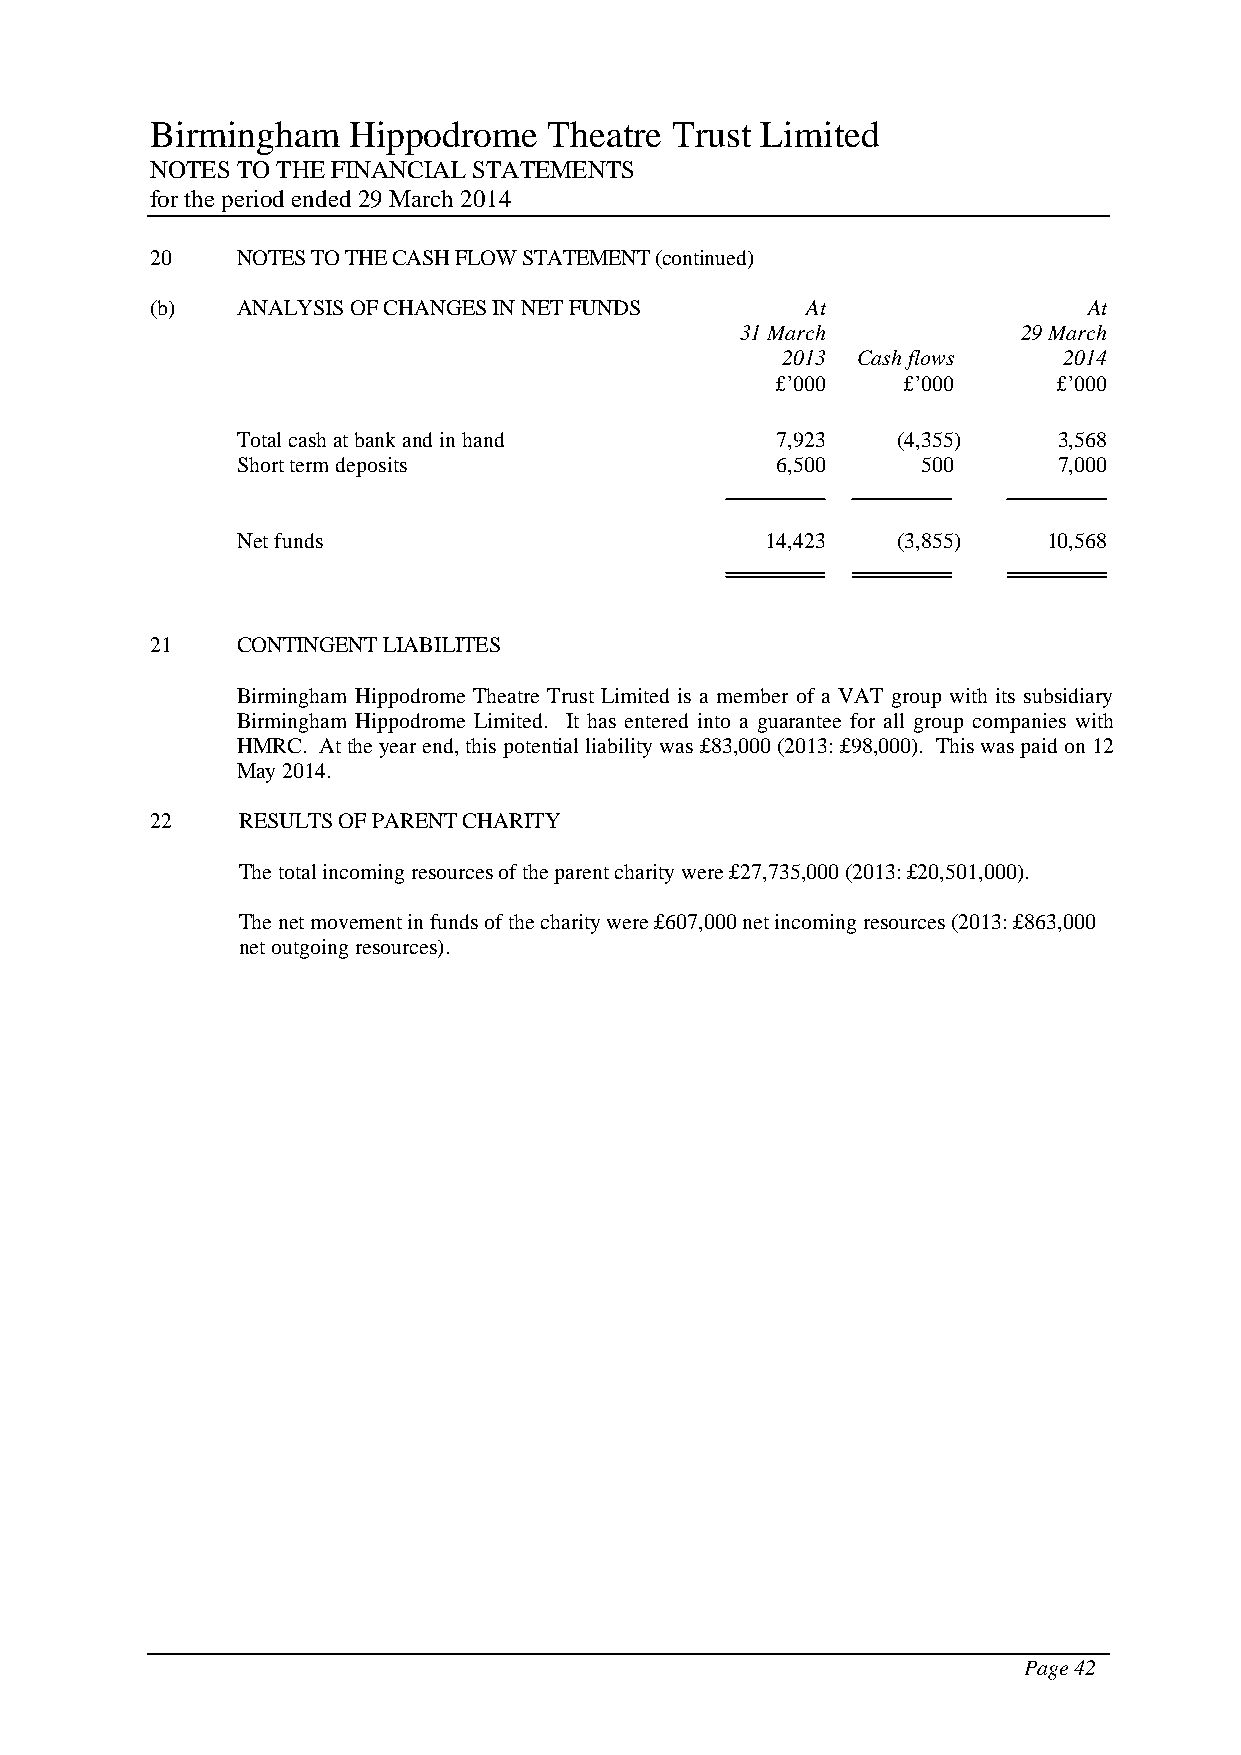
Birmingham   Hippodrome   Theatre Trust Limited
 NOTES TO THE FINANCIAL STATEMENTS
 for the period ended 29 March 2014
 20    NOTES TO THE CASH FLOW STATEMENT (continued)
 (b)   ANALYSIS OF CHANGES IN NET FUNDS     At                 At
 31 March           29 March
 2013 Cash flows   2014
 £’000    £’000     £’000
 Total cash at bank and in hand     7,923   (4,355)    3,568
 Short term deposits                6,500     500      7,000
 Net funds                          14,423  (3,855)   10,568
 21    CONTINGENT LIABILITES
 Birmingham Hippodrome Theatre Trust Limited is a member of a VAT group with its subsidiary
 Birmingham Hippodrome Limited. It has entered into a guarantee for all group companies with
 HMRC. At the year end, this potential liability was £83,000 (2013: £98,000). This was paid on 12
 May 2014.
 22    RESULTS OF PARENT CHARITY
 The total incoming resources of the parent charity were £27,735,000 (2013: £20,501,000).
 The net movement in funds of the charity were £607,000 net incoming resources (2013: £863,000
 net outgoing resources).
 Page 42